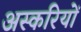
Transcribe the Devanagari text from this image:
अस्करियों